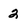
Character: 2